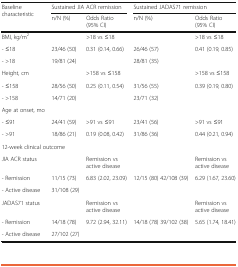
<table><thead><tr><td rowspan="2"><b>Baseline characteristic</b></td><td colspan="2"><b>Sustained JIA ACR remission</b></td><td colspan="2"><b>Sustained JADAS71 remission</b></td></tr><tr><td><b>n/N (%)</b></td><td><b>Odds Ratio (95% CI)</b></td><td><b>n/N (%)</b></td><td><b>Odds Ratio (95% CI)</b></td></tr></thead><tbody><tr><td>BMI, kg/m<sup>2</sup></td><td></td><td>&gt;18 vs ≤18</td><td></td><td>&gt;18 vs ≤18</td></tr><tr><td>- ≤18</td><td>23/46 (50)</td><td>0.31 (0.14, 0.66)</td><td>26/46 (57)</td><td>0.41 (0.19, 0.85)</td></tr><tr><td>- &gt;18</td><td>19/81 (24)</td><td></td><td>28/81 (35)</td><td></td></tr><tr><td>Height, cm</td><td></td><td>&gt;158 vs ≤158</td><td></td><td>&gt;158 vs ≤158</td></tr><tr><td>- ≤158</td><td>28/56 (50)</td><td>0.25 (0.11, 0.54)</td><td>31/56 (55)</td><td>0.39 (0.19, 0.80)</td></tr><tr><td>- &gt;158</td><td>14/71 (20)</td><td></td><td>23/71 (32)</td><td></td></tr><tr><td>Age at onset, mo</td><td></td><td></td><td></td><td></td></tr><tr><td>- ≤91</td><td>24/41 (59)</td><td>&gt;91 vs ≤91</td><td>23/41 (56)</td><td>&gt;91 vs ≤91</td></tr><tr><td>- &gt;91</td><td>18/86 (21)</td><td>0.19 (0.08, 0.42)</td><td>31/86 (36)</td><td>0.44 (0.21, 0.94)</td></tr><tr><td colspan="5">12-week clinical outcome</td></tr><tr><td>JIA ACR status</td><td></td><td>Remission vs active disease</td><td></td><td>Remission vs active disease</td></tr><tr><td>- Remission</td><td>11/15 (73)</td><td rowspan="2">6.83 (2.02, 23.09)</td><td rowspan="2">12/15 (80) 42/108 (39)</td><td rowspan="2">6.29 (1.67, 23.60)</td></tr><tr><td>- Active disease</td><td>31/108 (29)</td></tr><tr><td>JADAS71 status</td><td></td><td>Remission vs active disease</td><td></td><td>Remission vs active disease</td></tr><tr><td>- Remission</td><td>14/18 (78)</td><td rowspan="2">9.72 (2.94, 32.11)</td><td rowspan="2">14/18 (78) 39/102 (38)</td><td rowspan="2">5.65 (1.74, 18.41)</td></tr><tr><td>- Active disease</td><td>27/102 (27)</td></tr></tbody></table>